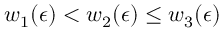
w _ { 1 } ( \epsilon ) < w _ { 2 } ( \epsilon ) \leq w _ { 3 } ( \epsilon )